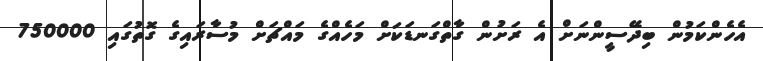
އެހެންކަމުން ބިދޭސީންނަށް އެ ރަށުން ގާތްގަނޑަކަށް މަހެއްގެ މައްޗަށް މުސާރައިގެ ގޮތުގައި 750000